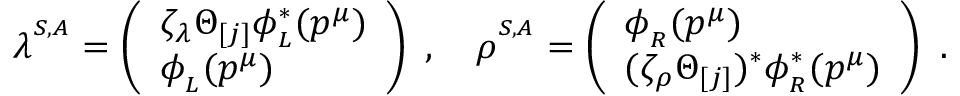
\lambda ^ { ^ { S , A } } = \left( \begin{array} { l } { { \zeta _ { \lambda } \Theta _ { [ j ] } \phi _ { _ L } ^ { \ast } ( p ^ { \mu } ) } } \\ { { \phi _ { _ L } ( p ^ { \mu } ) } } \end{array} \right) \, \, , \quad \rho ^ { ^ { S , A } } = \left( \begin{array} { l } { { \phi _ { _ R } ( p ^ { \mu } ) } } \\ { { ( \zeta _ { \rho } \Theta _ { [ j ] } ) ^ { \ast } \phi _ { _ R } ^ { \ast } ( p ^ { \mu } ) } } \end{array} \right) \, \, .